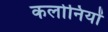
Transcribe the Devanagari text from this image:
कलोनियों